Senior Leaving Certificate Examination (including Day School Certificate (Higher) General paper), 1950
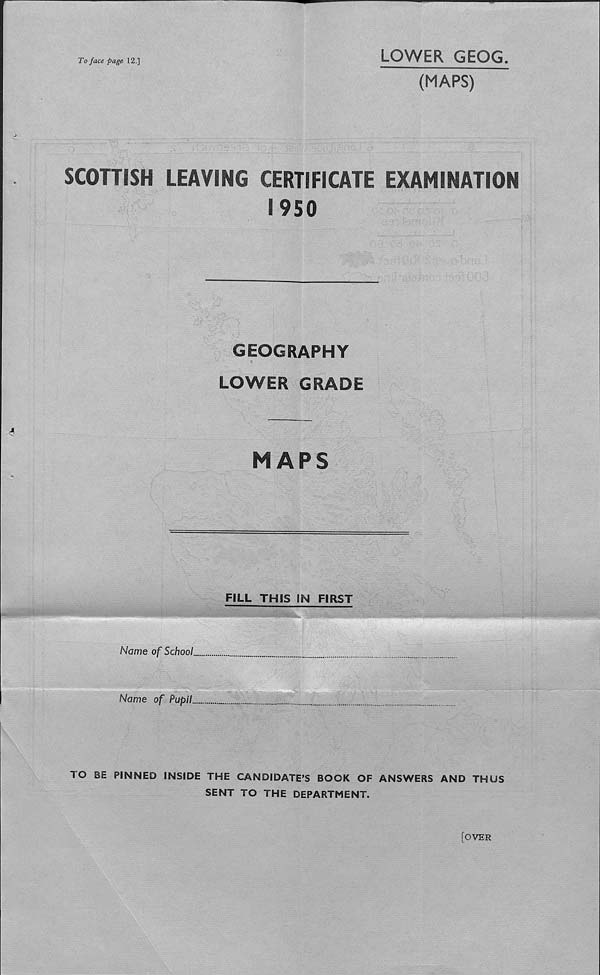
To face page 12.]
LOWER GEOG.
(MAPS)
SCOTTISH LEAVING CERTIFICATE EXAMINATION
1950
GEOGRAPHY
LOWER GRADE
MAPS
FILL THIS IN FIRST
Name of School.
Name of PupiL.
TO BE PINNED INSIDE THE CANDIDATE’S BOOK OF ANSWERS AND THUS
SENT TO THE DEPARTMENT.
[OVER